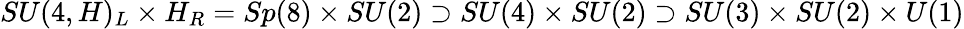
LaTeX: SU(4,H)_{L}\times H_{R}=Sp(8)\times SU(2)\supset SU(4)\times SU(2)\supset SU(3)\times SU(2)\times U(1)